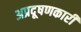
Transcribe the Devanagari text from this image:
अप्रदूषणकारी